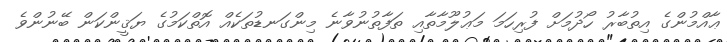
ޢާއްމުންގެ އިތުބާރު ހޯދުމަށް ފުރިހަމަ މަޢުލޫމާތާއި ތަފާތުނުވާނެ މިންގަނޑުތަކެއް އޮތްކަމުގެ ޔަޤީންކަން ބޭނުންވެ